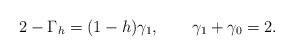
LaTeX: \begin{align*}2-\Gamma_h=(1-h)\gamma_1, \qquad \gamma_1+\gamma_0=2.\end{align*}